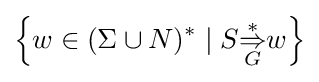
\left\{w\in (\Sigma \cup N)^{*}\mid S{\overset {*}{\underset {G}{\Rightarrow }}}w\right\}